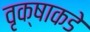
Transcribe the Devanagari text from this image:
वृक्षाकडे